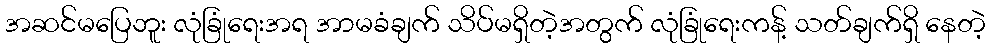
အဆင်မပြေဘူး လုံခြုံရေးအရ အာမခံချက် သိပ်မရှိတဲ့အတွက် လုံခြုံရေးကန့် သတ်ချက်ရှိ နေတဲ့